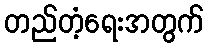
တည်တံ့ရေးအတွက်